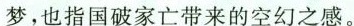
梦，也指国破家亡带来的空幻之感。